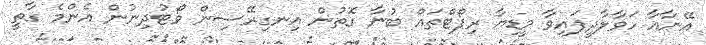
އޭނާއާ ހަވާލާދީފައިވާ މީޑިޔާ ރިޕޯޓްތައް ބުނާ ގޮތުން އިނގިރޭސިން ވޯޓުދިނުން އެންމެ ގާތީ